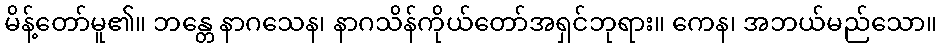
မိန့်တော်မူ၏။ ဘန္တေ နာဂသေန၊ နာဂသိန်ကိုယ်တော်အရှင်ဘုရား။ ကေန၊ အဘယ်မည်သော။